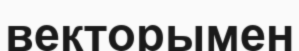
векторымен